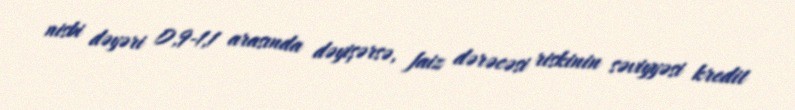
nisbi dəyəri 0,9-1,1 arasında dəyişərsə, faiz dərəcəsi riskinin səviyyəsi kredit